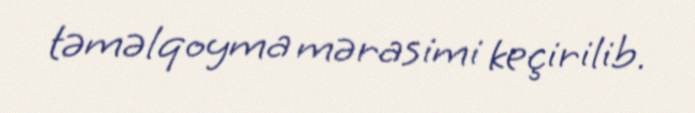
təməlqoyma mərasimi keçirilib.